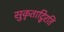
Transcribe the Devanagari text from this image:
सुकृताद्विरतिं